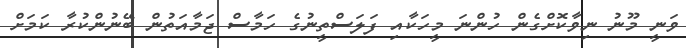
ވަނީ މޫނު ނިވާކޮށްގެން ހުންނަ މީހަކާއި ފަލަސްތީނުގެ ހަމާސް ޖަމާއަތުން ބޭނުންކުރާ ކަމަށް